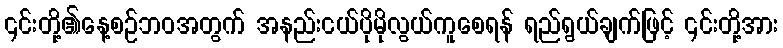
၎င်းတို့၏နေ့စဉ်ဘဝအတွက် အနည်းငယ်ပိုမိုလွယ်ကူစေရန် ရည်ရွယ်ချက်ဖြင့် ၎င်းတို့အား